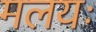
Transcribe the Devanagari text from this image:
मलयः